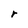
Character: r